Report on sanitation, dispensaries, and jails in Rajputana for 1918, and on vaccination for the year 1918-1919 - 1918-1919
Year: 1918
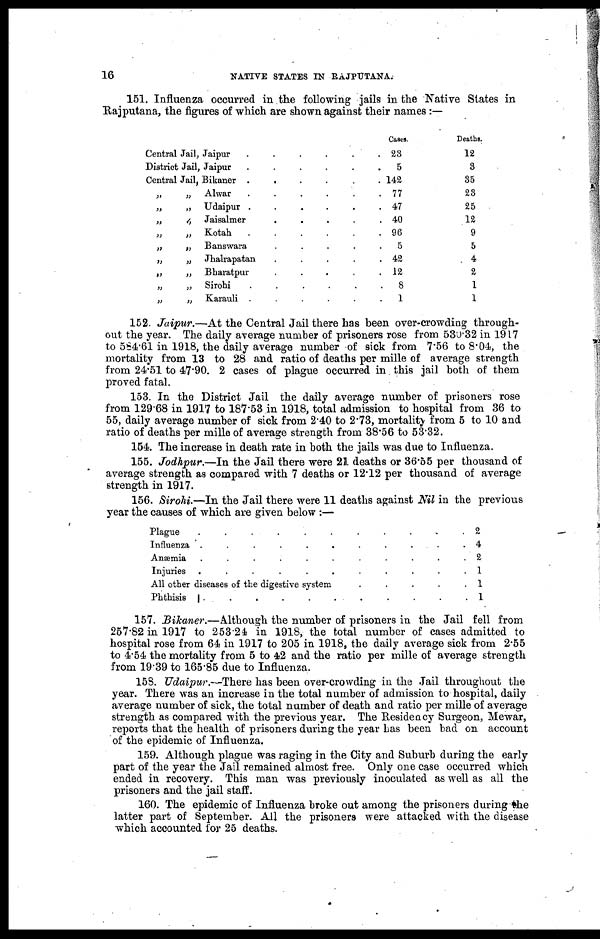
16
NATIVE STATES IN RAJPUTANA.
151. Influenza occurred in the following jails in the Native States in
Rajputana, the figures of which are shown against their names :—
Central Jail, Jaipur
......
District Jail, Jaipur
......
Central Jail, Bikaner ......
„
„ Alwar
......
„
„ Udaipur
......
„
„ Jaisalmer
.....
„
„
Kotah
......
„
„ Banswara
.....
„
„ Jhalrapatan
.....
„
„ Bharatpur
.....
„
„
Sirohi
......
„
„ Karauli
......
Cases.
23
5
142
77
47
40
96
5
42
12
8
1
Deaths.
12
3
35
23
25
12
9
5
4
2
1
1
152. Jaipur.—At the Central Jail there has been over-crowding through-
out the year. The daily average number of prisoners rose from 530.32 in 1917
to 584.61 in 1918, the daily average number of sick from 7.56 to 8.04, the
mortality from 13 to 28 and ratio of deaths per mille of average strength
from 24.51 to 47.90. 2 cases of plague occurred in this jail both of them
proved fatal.
153. In the District Jail the daily average number of prisoners rose
from 129.68 in 1917 to 187.53 in 1918, total admission to hospital from 36 to
55, daily average number of sick from 2.40 to 2.73, mortality from 5 to 10 and
ratio of deaths per mille of average strength from 38.56 to 53.32.
154. The increase in death rate in both the jails was due to Influenza.
155. Jodhpur.—In the Jail there were 21 deaths or 36.55 per thousand of
average strength as compared with 7 deaths or 12.12 per thousand of average
strength in 1917.
156. Sirohi.—In the Jail there were 11 deaths against Nil in the previous
year the causes of which are given below :—
Plague
...........
Influenza
...........
Anæmia
...........
Injuries
...........
All other diseases of the digestive system
.....
Phthisis
..........
2
4
2
1
1
1
157. Bikaner.—Although the number of prisoners in the Jail fell from
257.82 in 1917 to 253.24 in 1918, the total number of cases admitted to
hospital rose from 64 in 1917 to 205 in 1918, the daily average sick from 2.55
to 4.54 the mortality from 5 to 42 and the ratio per mille of average strength
from 19.39 to 165.85 due to Influenza.
158. Udaipur.—There has been over-crowding in the Jail throughout the
year. There was an increase in the total number of admission to hospital, daily
average number of sick, the total number of death and ratio per mille of average
strength as compared with the previous year. The Residency Surgeon, Mewar,
reports that the health of prisoners during the year has been bad on account
of the epidemic of Influenza.
159. Although plague was raging in the City and Suburb during the early
part of the year the Jail remained almost free. Only one case occurred which
ended in recovery. This man was previously inoculated as well as all the
prisoners and the jail staff.
160. The epidemic of Influenza broke out among the prisoners during the
latter part of September. All the prisoners were attacked with the disease
which accounted for 25 deaths.